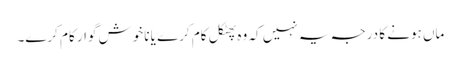
ماں ہونے کا درجہ یہ نہیں کہ وہ پھٹکل کام کرے یا ناخوش گوار کام کرے۔